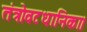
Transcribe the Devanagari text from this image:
तंत्रोवटधानिका।